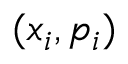
( x _ { i } , p _ { i } )